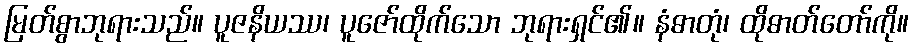
မြတ်စွာဘုရားသည်။ ပူဇနိယဿ၊ ပူဇော်ထိုက်သော ဘုရားရှင်၏။ နံဓာတုံ၊ ထိုဓာတ်တော်ကို။